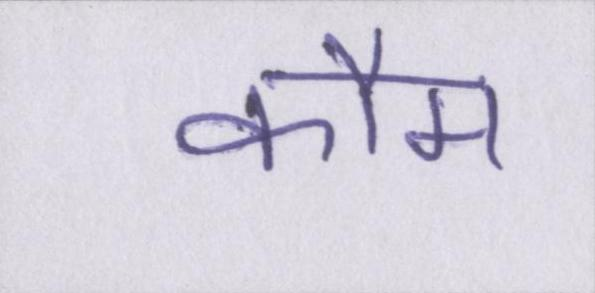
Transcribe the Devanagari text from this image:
कौम